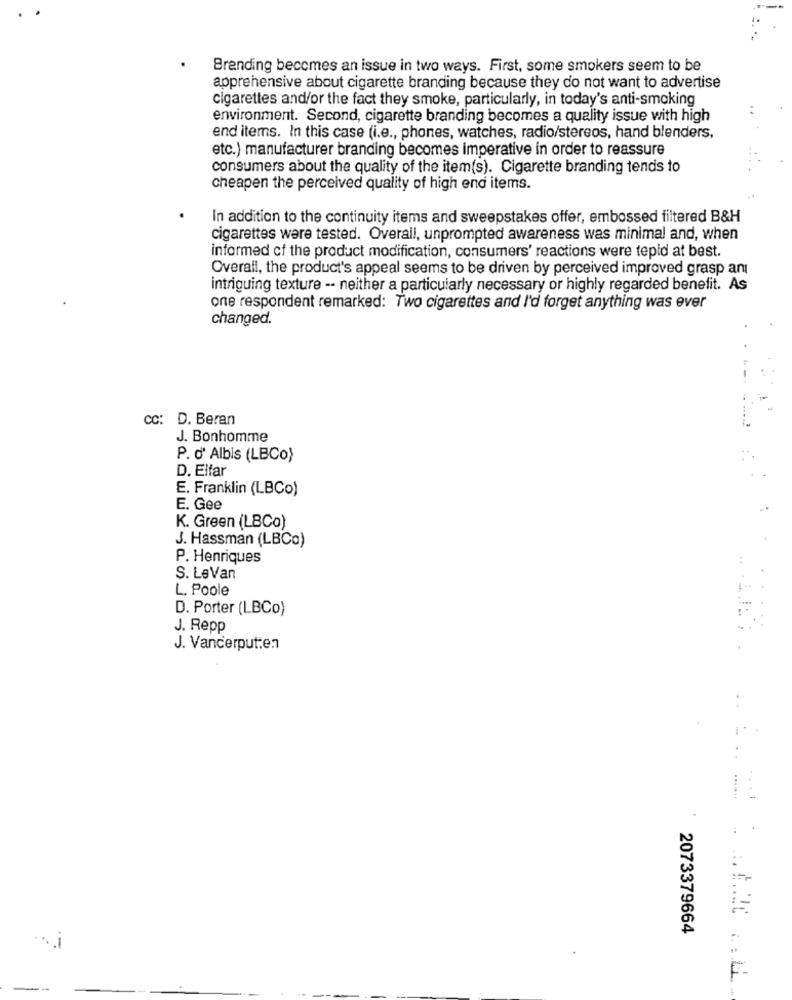
Branding becomes an issue in two ways. First, some smokers seem to be
apprehensive about cigarette branding because they do not want to advertise
cigarettes and/or the fact they smoke, particularly, in today's anti-smoking
environment. Second, cigarette branding becomes a quality issue with high
end items. In this case (i.e ., phones, watches, radio/stereos, hand blenders,
etc.) manufacturer branding becomes imperative in order to reassure
consumers about the quality of the item(s). Cigarette branding tends to
cheapen the perceived quality of high end items.
In addition to the continuity items and sweepstakes offer, embossed filtered B&H
cigarettes were tested. Overall, unprompted awareness was minimal and, when
informed of the product modification, consumers' reactions were tepid at best.
Overall, the product's appeal seems to be driven by perceived improved grasp anı
intriguing texture -- neither a particularly necessary or highly regarded benefit. As
one respondent remarked: Two cigarettes and I'd forget anything was ever
changed.
cc: D. Beran
J. Bonhomme
P. d' Albis (LBCo)
D. Elfar
E. Franklin (LBCo)
E. Gee
K. Green (LBCo)
J. Hassman (LBCo)
P. Henriques
S. LeVan
L. Poole
D. Porter (LBCo)
J. Repp
J. Vanderputten
2073379664
F-
-